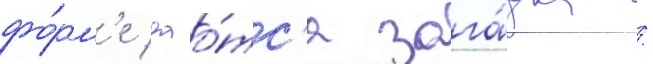
фо́рм'е дао́тс'я зага́дка /